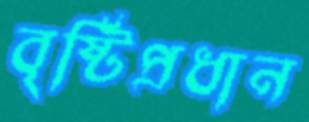
বৃষ্টিপ্রধান